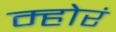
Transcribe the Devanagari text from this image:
म्होरं